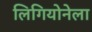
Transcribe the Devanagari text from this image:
लिगियोनेला